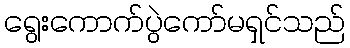
ရွေးကောက်ပွဲကော်မရှင်သည်